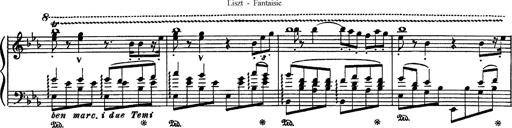
Title: Fantaisie sur des motifs favoris de l'opÃ©ra 'La sonnambula'
Composer: Franz Liszt